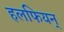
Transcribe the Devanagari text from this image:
हलफियन्